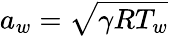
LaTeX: a_{w}=\sqrt{\gamma RT_{w}}